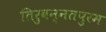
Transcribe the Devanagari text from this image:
तिरुवन्नतपुरम